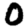
Digit: 0